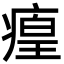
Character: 㾮